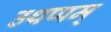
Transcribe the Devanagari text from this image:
उथप्पम्